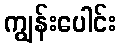
ကျွန်းပေါင်း